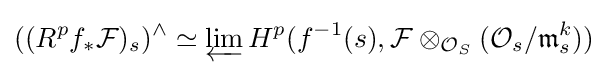
((R^{p}f_{*}{\mathcal {F}})_{s})^{\wedge }\simeq \varprojlim H^{p}(f^{-1}(s),{\mathcal {F}}\otimes _{{\mathcal {O}}_{S}}({\mathcal {O}}_{s}/{\mathfrak {m}}_{s}^{k}))